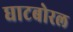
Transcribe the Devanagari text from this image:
घाटबोरल